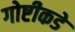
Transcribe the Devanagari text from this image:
गोष्टीकडे